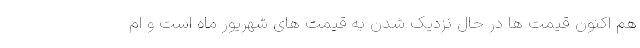
هم اکنون قیمت ها در حال نزدیک شدن به قیمت های شهریور ماه است و ام